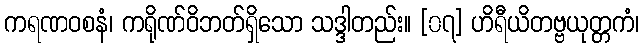
ကရဏဝစနံ၊ ကရိုဏ်ဝိဘတ်ရှိသော သဒ္ဒါတည်း။ [၀၇] ဟိရီယိတဗ္ဗယုတ္တကံ၊